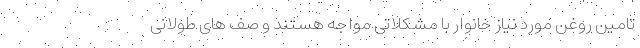
تامین روغن مورد نیاز خانوار با مشکلاتی مواجه هستند و صف های طولانی